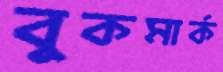
বুকমার্ক